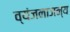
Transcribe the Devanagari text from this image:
व्यंजनाजन्य